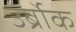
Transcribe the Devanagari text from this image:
उर्ब्रोक